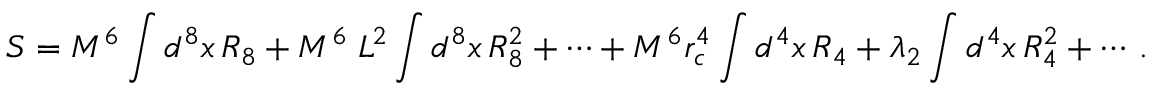
S = M ^ { 6 } \int d ^ { 8 } x \, R _ { 8 } + M ^ { 6 } \; L ^ { 2 } \int d ^ { 8 } x \, R _ { 8 } ^ { 2 } + \cdots + M ^ { 6 } r _ { c } ^ { 4 } \int d ^ { 4 } x \, R _ { 4 } + \lambda _ { 2 } \int d ^ { 4 } x \, R _ { 4 } ^ { 2 } + \cdots \, .